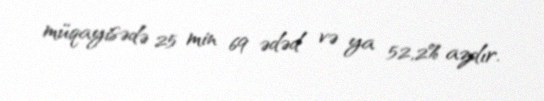
müqayisədə 25 min 69 ədəd və ya 52,2% azdır.